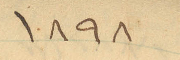
1898